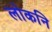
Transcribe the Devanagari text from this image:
लोकनि